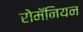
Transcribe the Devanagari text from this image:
रोमॅनियन